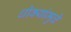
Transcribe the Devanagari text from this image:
धोक्यांमुळे